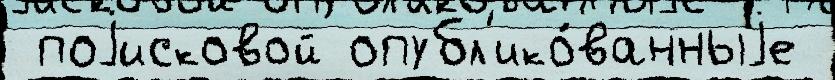
 поjисковой опубл'ико́ванныjе